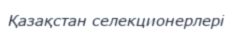
Қазақстан селекционерлері